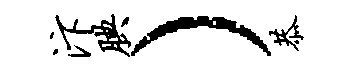
汴腆）恭